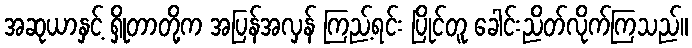
အဆုယာနှင့် ရှိုတာတို့က အပြန်အလှန် ကြည့်ရင်း ပြိုင်တူ ခေါင်းညိတ်လိုက်ကြသည်။